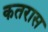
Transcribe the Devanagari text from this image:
कतरास